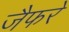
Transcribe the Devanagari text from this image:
जैफरे